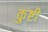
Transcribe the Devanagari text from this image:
कुष्टी